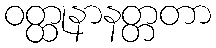
ဝတ္ထုနာနတ္တတာ